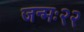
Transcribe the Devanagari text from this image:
जन्मः२२